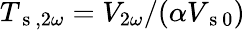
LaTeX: T_{\mathrm{~s~},2\omega}=V_{2\omega}/(\alpha V_{\mathrm{~s~}0})